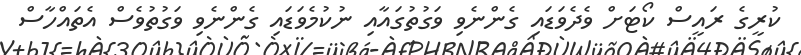
ކުރީގެ ރައީސް ކޯޓަށް ވެދެވަޑައި ގެންނެވި ވަގުތުގައާއި ނުކުމެވަޑައި ގެންނެވި ވަގުތުވެސް އެތައްހާސް